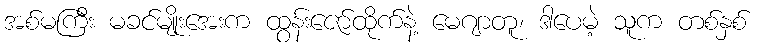
အစ်မကြီး မခင်မျိုးအေးက ထွန်းဇော်ထိုက်နဲ့ မေဂျာတူ၊ ဒါပေမဲ့ သူက တစ်နှစ်